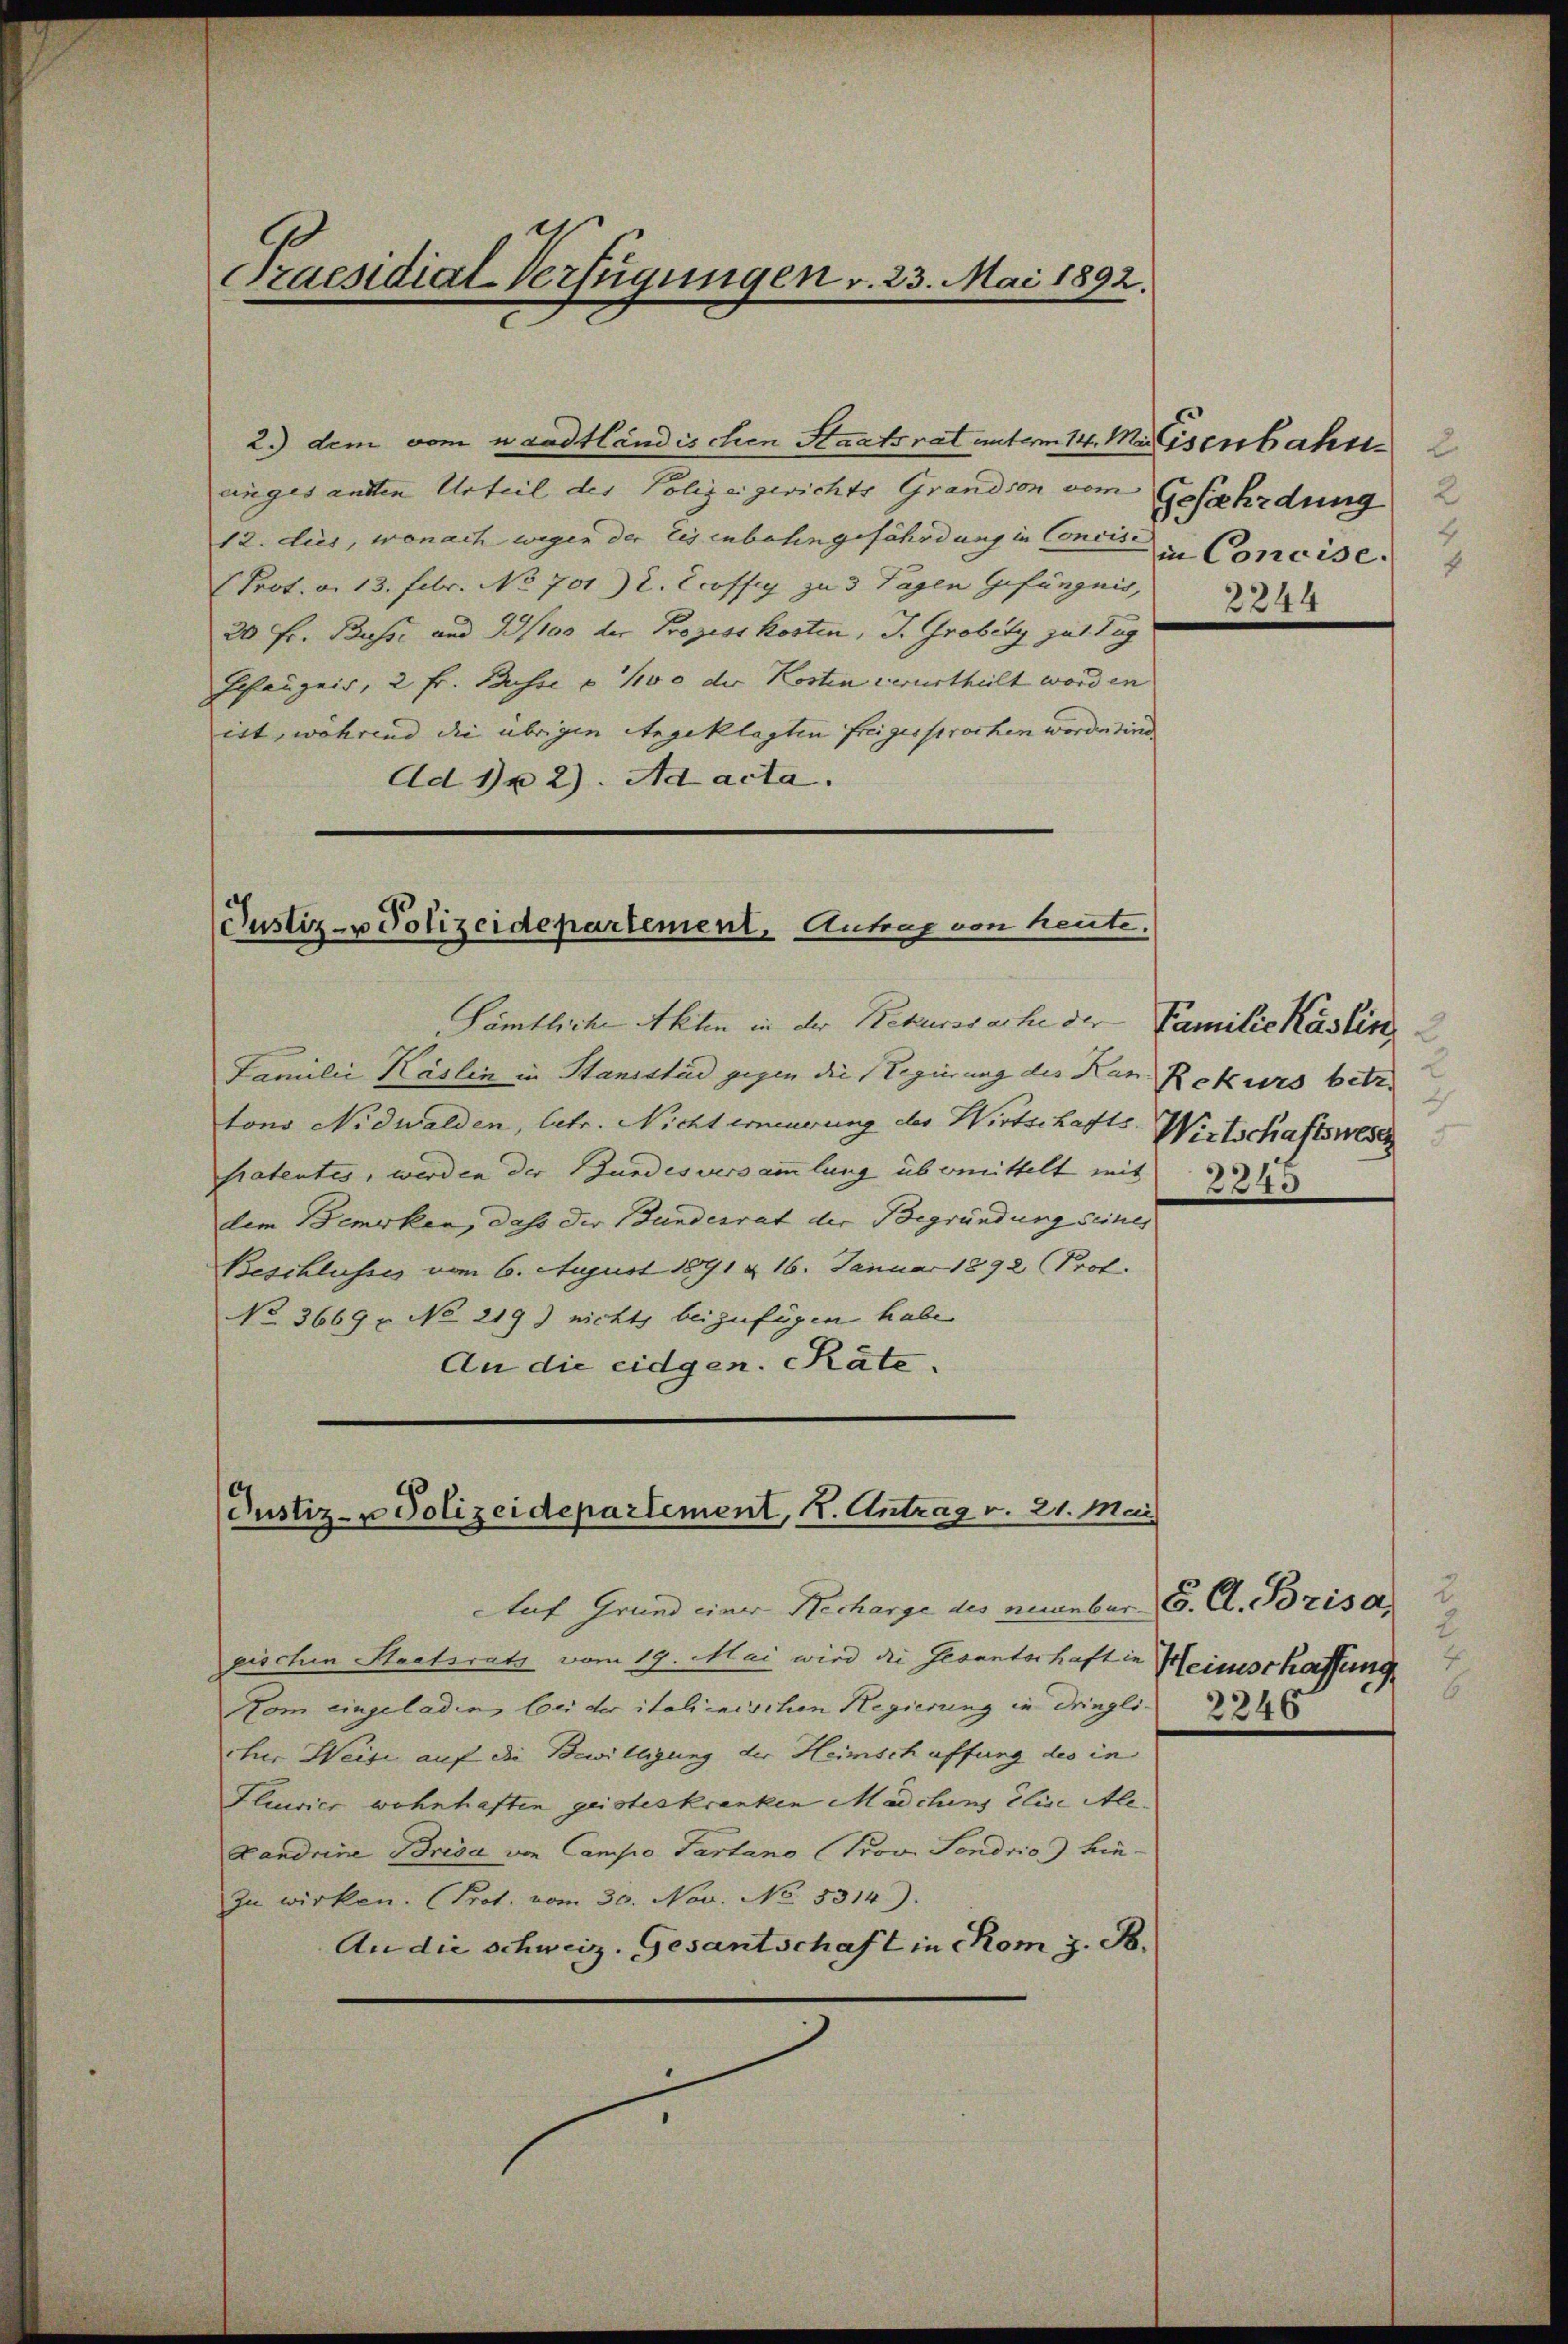
Praesidial-Verfügungen v. 23. Mai 1892.

2.) dem vom waadtländischen Staatsrat unterm 14. Mai Gsenbahn
eingesandten Urteil des Polizei gerichts Grandson vom Gefährdung 2
12. dies, wonach wegen der Eisenbahngefährdung in Concis in Concise.
(Prot. d. 13. Febr. No 701. 2. Ecoffig zu 3 Tagen Gefängnis,
20 Fr. Busse und 99/100 der Prozess kosten, J. Grobéty zal Tag
Schanzeis, 2 Fr. Busse u. 1100 der Kosten verurtheilt worden
ist, während die übrigen Angeklagten freigesprochen worden sind.
Ad 1 2). Ad acta.

Justiz- u Polizeidepartement, Antrag von heute.

Sämtliche Akten in der Rekurssache der
Familie Käslin in Stansstad gegen die Regierung des Kan Rekurs betre
tons Nidwalden, betr. Nicht erneuerung der Wirtschafts Wirtschaftswese
patentes, werden der Bundesversammlung übermittelt mit 225
dem Bemerken, dass der Bundesrat der Begründung seines
Beschlusses vom 6. August 1891 & 16. Januar 1892 (Prof.
No 3669 x No 219) nichts beizufügen habe
An die eidgen. Räte.

Justiz- u Polizeidepartement, K. Antrag v. 21. Mai

Auf Grund einer Recharge des necember 6. A. Brisa
pischen Staatsrath vom 19. Mai wird die Gesanterhaft in Heimschaffung
Vom eingeladen, bei der italienischen Regierung in dringli 246
cher Weise auf die Bewilligung der Heimschaffung des in
Fluwier wohnhaften geisteskranken Mädchens Elise Ale¬
Landrine Brisa von Campo Partano (Prov. Sondrio) hie¬
In wirken. Prot. vom 30. Nov. No. 5314).
An die schweiz. Gesantschaft in CKom z. B.

8
2244

Familie Käslin
2